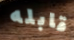
قابله